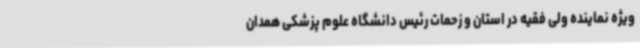
ویژه نماینده ولی فقیه در استان و زحمات رئیس دانشگاه علوم پزشکی همدان